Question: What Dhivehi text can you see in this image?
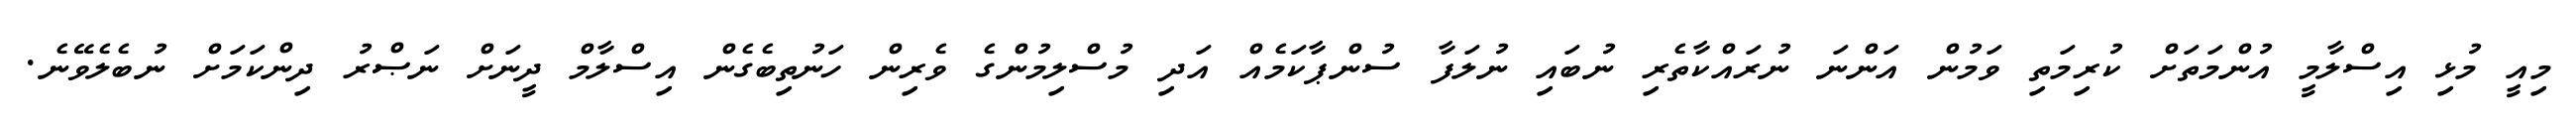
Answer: މިއީ މުޅި އިސްލާމީ އުންމަތަށް ކުރިމަތި ވަމުން އަންނަ ނުރައްކާތެރި ނުބައި ނުލަފާ ސުންޕާކަމެއް އަދި މުސްލިމުންގެ ވެރިން ހަނުތިބެގެން އިސްލާމް ދީނަށް ނަޞްރު ދިންކަމަށް ނުބެލެވޭނެ.